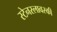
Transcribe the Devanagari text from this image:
स्टेनस्लावस्की